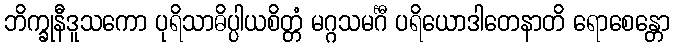
ဘိက္ခုနီဒူသကော ပုရိသာဓိပ္ပါယစိတ္တံ မဂ္ဂသမင်္ဂီ ပရိယောဒါတေနာတိ ရောစေန္တော